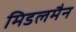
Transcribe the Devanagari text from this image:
मिडलमैन